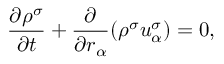
\frac { \partial \rho ^ { \sigma } } { \partial t } + \frac { \partial } { \partial r _ { \alpha } } ( \rho ^ { \sigma } u _ { \alpha } ^ { \sigma } ) = 0 ,